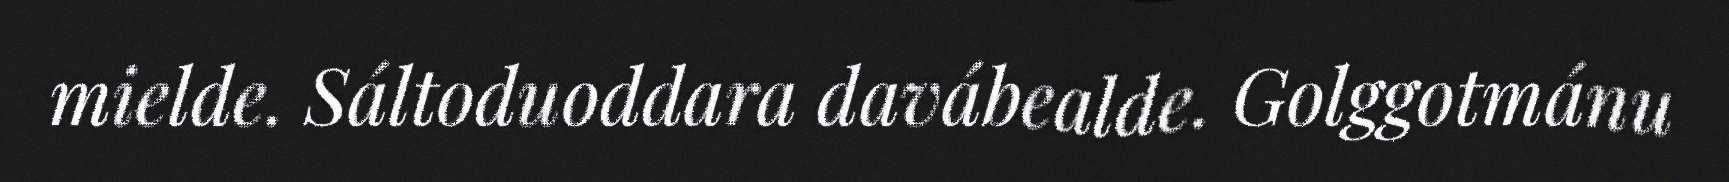
mielde. Sáltoduoddara davábealde. Golggotmánu